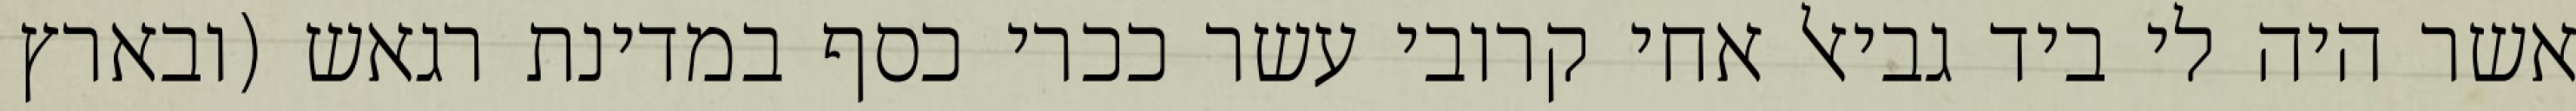
אשר היה לי ביד גביאל אחי קרובי עשר ככרי כסף במדינת רגאש (ובארץ